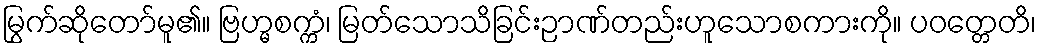
မြွက်ဆိုတော်မူ၏။ ဗြဟ္မစက္ကံ၊ မြတ်သောသိခြင်းဉာဏ်တည်းဟူသောစကားကို။ ပဝတ္တေတိ၊